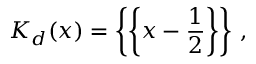
K _ { d } ( x ) = \biggl \{ \biggl \{ x - { \frac { 1 } { 2 } } \biggr \} \biggr \} \ ,